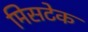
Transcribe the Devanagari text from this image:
मिसटेक